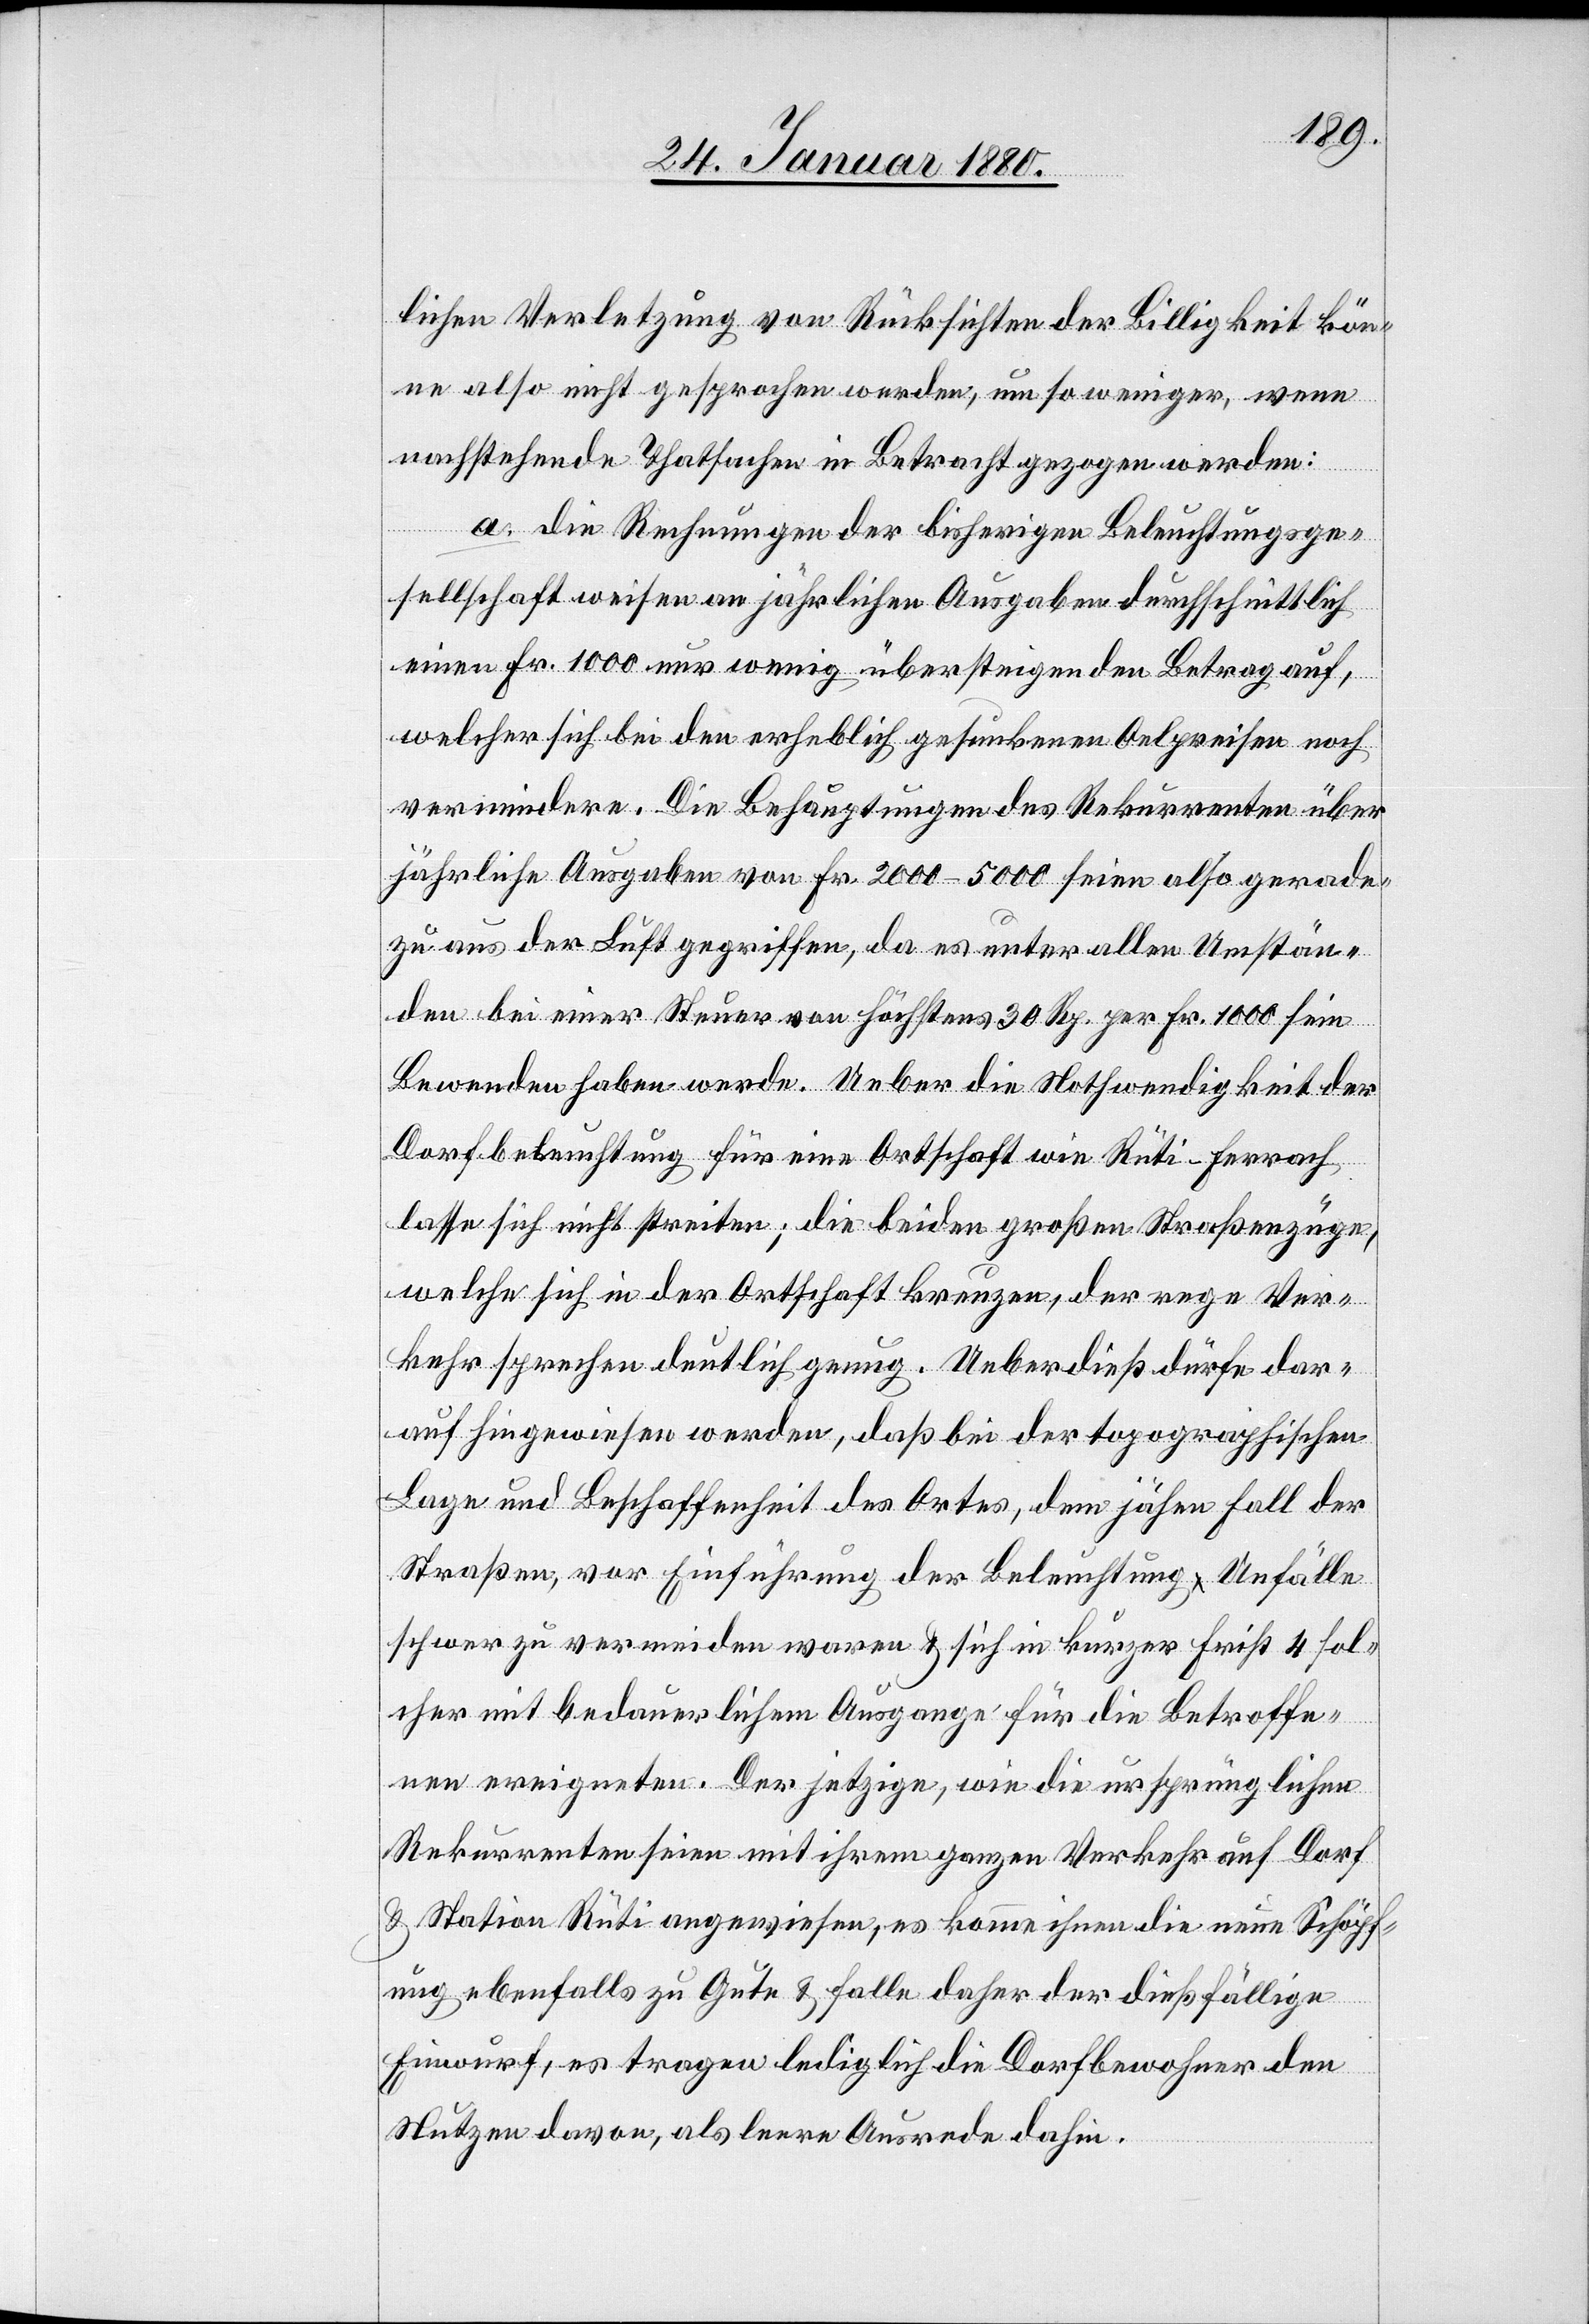
lichen Verletzung von Rücksichten der Billigkeit kön¬
ne also nicht gesprochen werden, um so weniger, wenn
nachstehende Thatsachen in Betracht gezogen werden:
a. Die Rechnungen der bisherigen Beleuchtungsge¬
sellschaft weisen an jährlichen Ausgaben durchschnittlich
einen Fr. 1000 nur wenig übersteigenden Betrag auf,
welcher sich bei den erheblich gesunkenen Oelpreisen noch
vermindere. Die Behauptung des Rekurrenten über
jährliche Ausgaben von Fr. 2000–5000 seien also gerade¬
zu aus der Luft gegriffen, da es unter allen Umstän¬
den bei einer Steuer von höchstens 30 Rp. per Fr. 1000 sein
Bewenden haben werde. Ueber die Nothwendigkeit der
Dorfbeleuchtung für eine Ortschaft wie Rüti Ferrach
lasse sich nicht streiten; die beiden großen Straßenzüge,
welche sich in der Ortschaft kreuzen, der rege Ver¬
kehr sprechen deutlich genug. Ueberdieß dürfe dar¬
auf hingewiesen werden, daß bei der topographischen
Lage und Beschaffenheit des Ortes, dem jähen Fall der
Straßen, vor Einführung der Beleuchtung Unfälle
schwer zu vermeiden waren & sich in kurzer Frist 4 sol¬
che mit bedauerlichem Ausgange für die Betroffe¬
nen ereigneten. Der jetzige, wie die ursprünglichen
Rekurrenten seien mit ihrem ganzen Verkehr auf Dorf
& Station Rüti angewiesen, es komme ihnen die neue Schöpf¬
ung ebenfalls zu Gute & falle daher der dießfällige
Einwurf, es tragen lediglich die Dorfbewohner den
Nutzen davon, als leere Ausrede dahin.